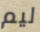
ليم